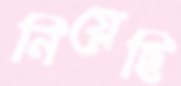
নিয়েছি